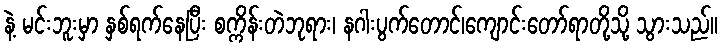
နဲ့ မင်းဘူးမှာ နှစ်ရက်နေပြီး စက္ကိန်းတဲဘုရား၊ နဂါးပွက်တောင်၊ကျောင်းတော်ရာတို့သို့ သွားသည်။